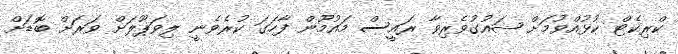
ކްރިކެޓް ކުޅުއްވުމަށް ޝައުގުވެރިވާ ރައީސް މައުމޫން ފާހަގަ ކުރެވެނީ ލިވަޕޫލަށް ވަރަށް ބޮޑަށް